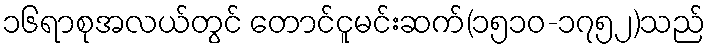
၁၆ရာစုအလယ်တွင် တောင်ငူမင်းဆက်(၁၅၁၀-၁၇၅၂)သည်